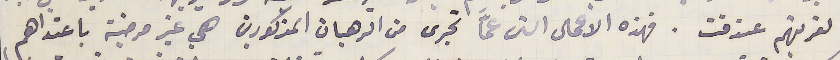
لقريتهم عندقت. فهذه الاعمال التى عمَّا تجرى من الرهبان المذكورين هي غير مرضية باعتداهم